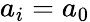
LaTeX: a_{i}=a_{0}